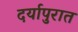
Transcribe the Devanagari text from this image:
दर्यापुरात